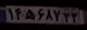
۱۴ه۶۸۷۲۲